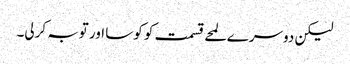
لیکن دوسرے لمحے قسمت کو کوسا اور توبہ کرلی۔